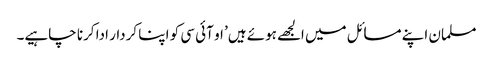
مسلمان اپنے مسائل میں الجھے ہوئے ہیں’ او آئی سی کو اپنا کردار ادا کرنا چاہیے۔